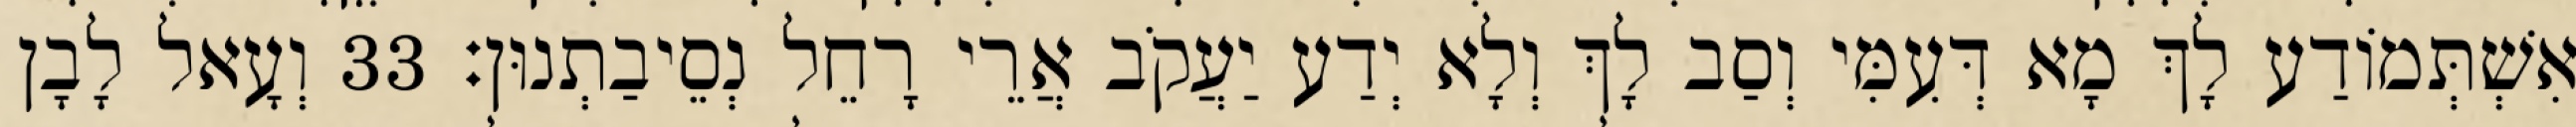
אִשְׁתְּמוֹדַע לָךְ מָא דְּעִמִּי וְסַב לָךְ וְלָא יְדַע יַעֲקֹב אֲרֵי רָחֵל נְסֵיבַתְנוּן׃ 33 וְעָאל לָבָן